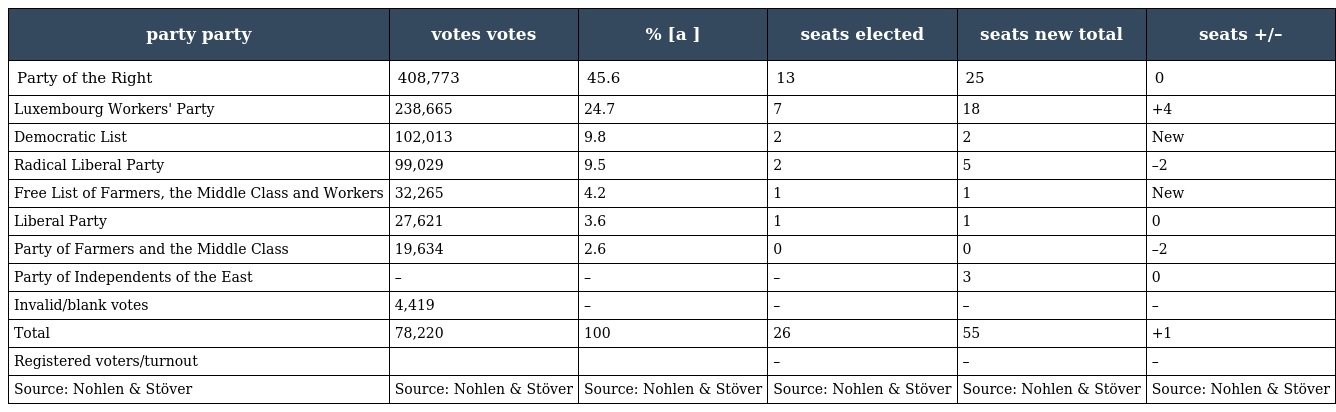
| party party | votes votes | % [a ] | seats elected | seats new total | seats +/– |
 | --- | --- | --- | --- | --- | --- |
 | Party of the Right | 408,773 | 45.6 | 13 | 25 | 0 |
 | Luxembourg Workers' Party | 238,665 | 24.7 | 7 | 18 | +4 |
 | Democratic List | 102,013 | 9.8 | 2 | 2 | New |
 | Radical Liberal Party | 99,029 | 9.5 | 2 | 5 | –2 |
 | Free List of Farmers, the Middle Class and Workers | 32,265 | 4.2 | 1 | 1 | New |
 | Liberal Party | 27,621 | 3.6 | 1 | 1 | 0 |
 | Party of Farmers and the Middle Class | 19,634 | 2.6 | 0 | 0 | –2 |
 | Party of Independents of the East | – | – | – | 3 | 0 |
 | Invalid/blank votes | 4,419 | – | – | – | – |
 | Total | 78,220 | 100 | 26 | 55 | +1 |
 | Registered voters/turnout |  |  | – | – | – |
 | Source: Nohlen & Stöver | Source: Nohlen & Stöver | Source: Nohlen & Stöver | Source: Nohlen & Stöver | Source: Nohlen & Stöver | Source: Nohlen & Stöver |